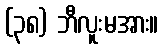
(၃၈) ဘီလူးမအား။